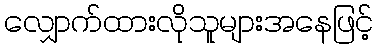
လျှောက်ထားလိုသူများအနေဖြင့်